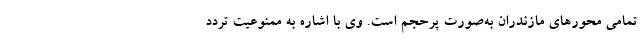
تمامی محورهای مازندران به‌صورت پرحجم است. وی با اشاره به ممنوعیت تردد